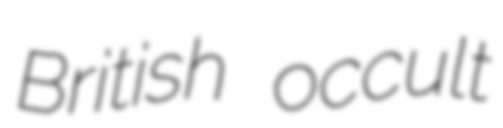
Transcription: British occult